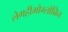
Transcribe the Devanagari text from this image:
लेगहीमोग्लोबिन